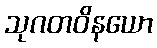
သုဂတဝိနယော